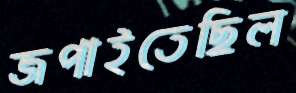
জপাইতেছিল